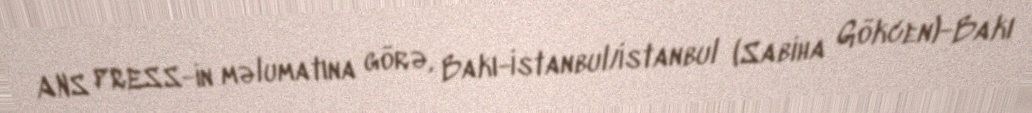
ANS PRESS-in məlumatına görə, Bakı-İstanbul/İstanbul (Sabiha Gökcen)-Bakı